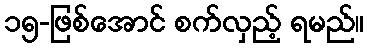
၁၅-ဖြစ်အောင် စက်လှည့် ရမည်။